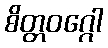
စိတ္တဝဂ္ဂေါ